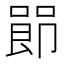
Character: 𪡰